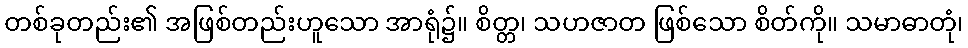
တစ်ခုတည်း၏ အဖြစ်တည်းဟူသော အာရုံ၌။ စိတ္တ၊ သဟဇာတ ဖြစ်သော စိတ်ကို။ သမာဓာတုံ၊